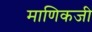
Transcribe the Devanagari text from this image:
माणिकजी